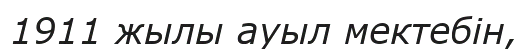
1911 жылы ауыл мектебін,